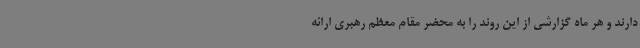
دارند و هر ماه گزارشی از این روند را به محضر مقام معظم رهبری ارائه